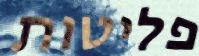
פליטות